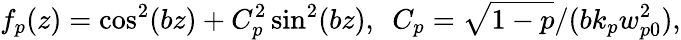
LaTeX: f_{p}(z)=\cos^{2}(bz)+C_{p}^{2}\sin^{2}(bz),~~C_{p}=\sqrt{1-p}/(bk_{p}w_{p0}^{2}),